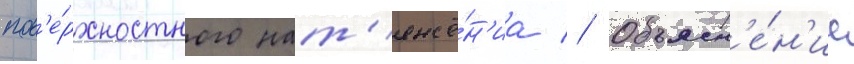
пов'е́рхностного нат'яже́н'иа // Объясн'е́н'ие